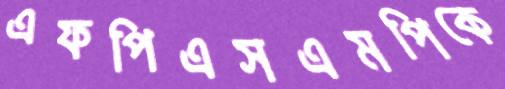
এফপিএসএমপিকে